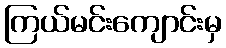
ကြယ်မင်းကျောင်းမှ